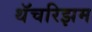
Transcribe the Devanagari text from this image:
थॅचरिझम